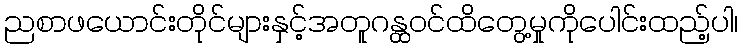
ညစာဖယောင်းတိုင်များနှင့်အတူဂန္ထဝင်ထိတွေ့မှုကိုပေါင်းထည့်ပါ၊